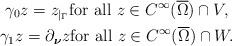
LaTeX: \begin{gather*}\gamma_0 z =z_{|_\Gamma} {\rm for~all~} z \in C^\infty(\overline{\Omega}) \cap V, \\\gamma_1 z = \partial_{\boldsymbol{\nu}} z {\rm for~all~} z \in C^\infty(\overline{\Omega}) \cap W.\end{gather*}